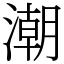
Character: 潮